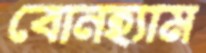
বোনহ্যাম